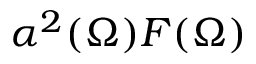
\alpha ^ { 2 } ( \Omega ) F ( \Omega )